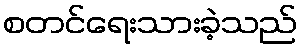
စတင်ရေးသားခဲ့သည်